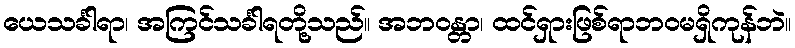
ယေသင်္ခါရာ၊ အကြင်သင်္ခါရတို့သည်။ အဘဝန္တာ၊ ထင်ရှားဖြစ်ရာဘဝမရှိကုန်ဘဲ။